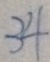
3 4